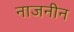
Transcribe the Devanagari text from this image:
नाजनीन